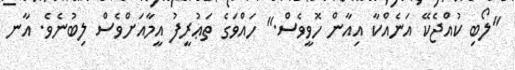
"ލޯބި ކުއްޖެކޭ އަނެއްކާ އިއާން ހޮވީވެސް." ހައްވަގެ ތަޢުރީފު އީމާއަށްވެސް ލިބުނެވެ. އާނ